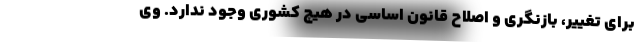
برای تغییر، بازنگری و اصلاح قانون اساسی در هیچ کشوری وجود ندارد. وی